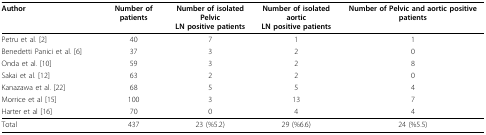
<table><thead><tr><td><b>Author</b></td><td><b>Number of patients</b></td><td><b>Number of isolated Pelvic LN positive patients</b></td><td><b>Number of isolated aortic LN positive patients</b></td><td><b>Number of Pelvic and aortic positive patients</b></td></tr></thead><tbody><tr><td>Petru et al. [2]</td><td>40</td><td>7</td><td>1</td><td>1</td></tr><tr><td>Benedetti Panici et al. [6]</td><td>37</td><td>3</td><td>2</td><td>0</td></tr><tr><td>Onda et al. [10]</td><td>59</td><td>3</td><td>2</td><td>8</td></tr><tr><td>Sakai et al. [12]</td><td>63</td><td>2</td><td>2</td><td>0</td></tr><tr><td>Kanazawa et al. [22]</td><td>68</td><td>5</td><td>5</td><td>4</td></tr><tr><td>Morrice et al [15]</td><td>100</td><td>3</td><td>13</td><td>7</td></tr><tr><td>Harter et al [16]</td><td>70</td><td>0</td><td>4</td><td>4</td></tr><tr><td>Total</td><td>437</td><td>23 (%5.2)</td><td>29 (%6.6)</td><td>24 (%5.5)</td></tr></tbody></table>